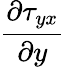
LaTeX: \frac{\partial\tau_{yx}}{\partial y}